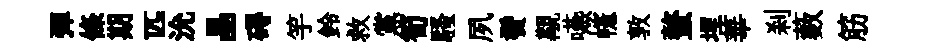
彈條期匹沇晶碍竽鈴救黨筍騷夙鬢覯嚥幰敦螯埋華刹藪筋